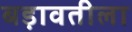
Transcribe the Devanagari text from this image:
बड़ावतीला